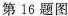
第16题图